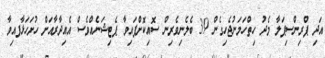
އަދި ޕްރިންސިޕަލާ މެދު ހިތްހަމަނުޖެހިގެން 39 ބެލެނިވެރިން ސޮއިކޮށްފައިވާ ޕެޓިޝަނެއްވެސް އެއިދާރާއަށް ހުށަހަޅާފއިވާ